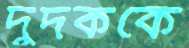
দুদককে